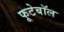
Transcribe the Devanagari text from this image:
फूटेबॉल